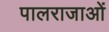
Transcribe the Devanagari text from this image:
पालराजाओं